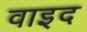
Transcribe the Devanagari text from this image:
वाइद